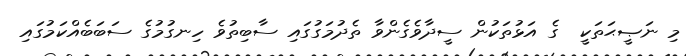
މި ނަޞީޙަތަކީ  ގެ އަޅުތަކުން ސީދާވެގެންވާ ތެދުމަގުގައި ސާބިތުވެ ހިނގުމުގެ ސަބަބެއްކަމުގައި